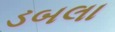
ડબલા